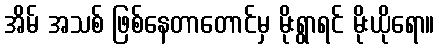
အိမ် အသစ် ဖြစ်နေတာတောင်မှ မိုးရွာရင် မိုးယိုရော။